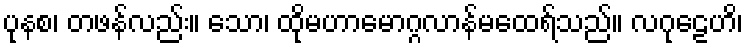
ပုနစ၊ တဖန်လည်း။ သော၊ ထိုမဟာမောဂ္ဂလာန်မထေရ်သည်။ လဂုဠေဟိ၊